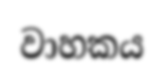
වාහකය